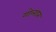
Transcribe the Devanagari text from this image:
गोलडन